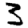
Digit: 3